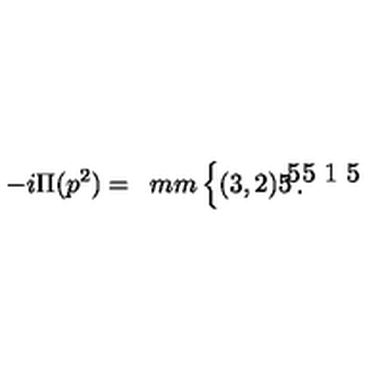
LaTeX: - i \Pi ( p ^ { 2 } ) = \begin{array} { c } { \unitlength 4 m m \left\{ \begin{picture} { ( 3 , 2 ) \put ( 0 , 1 ) { \line ( 1 , 0 ) { . 5 } } \put ( 2 . 5 , 1 ) { \line ( 1 , 0 ) { . 5 } } \put ( . 5 , 0 ) { \framebox ( 2 , 2 ) { } } } \\ \end{picture} \right. } \\ \end{array}